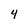
Character: 4